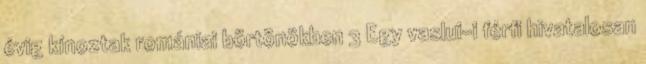
évig kínoztak romániai börtönökben 3 Egy vaslui-i férfi hivatalosan